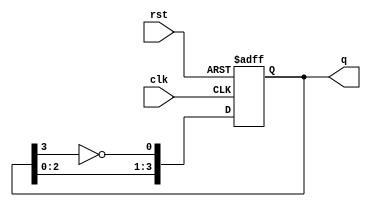
module johnson_counter (
    input wire clk,        // Clock input
    input wire rst,        // Reset input
    output reg [3:0] q     // 4-bit output
);

    // Number of flip-flops (N)
    parameter N = 4;

    always @(posedge clk or posedge rst) begin
        if (rst) begin
            // Initialize the counter to 0
            q <= 4'b0000;
        end else begin
            // Johnson counter state transition
            q <= {q[N-2:0], ~q[N-1]}; // Shift left and feedback inverted last bit
        end
    end

endmodule